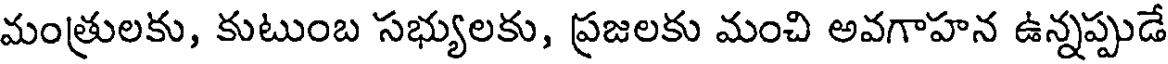
మంత్రులకు, కుటుంబ సభ్యులకు, ప్రజలకు మంచి అవగాహన ఉన్నప్పుడే